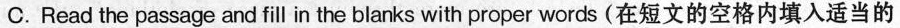
C. Read the passage and fill in the blanks with proper words (在短文的空格内填入适当的